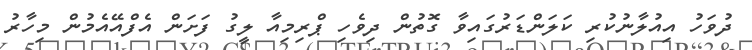
ދުވަހު އިއުލާނުކުރި ކަލަންޑަރުގައިވާ ގޮތުން ދިވެހި ޕްރިމިއާ ލީގު ފަށަން އެފްއޭއެމުން މިހާރު